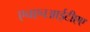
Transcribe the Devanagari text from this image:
एचएचआईटीएए